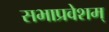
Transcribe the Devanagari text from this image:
सभाप्रवेशम्